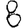
Digit: 8